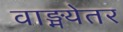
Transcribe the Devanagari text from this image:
वाङ्मयेतर